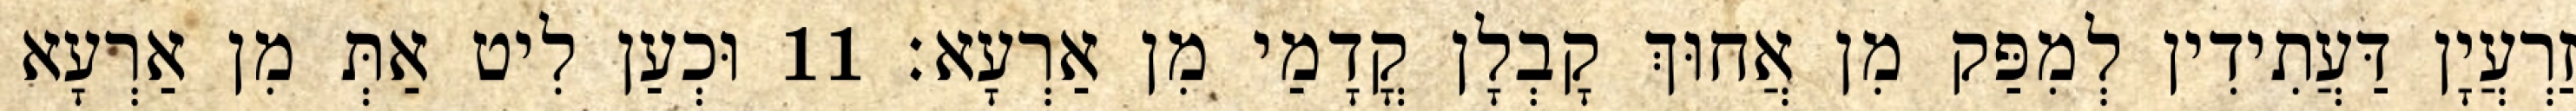
זַרְעֲיָן דַּעֲתִידִין לְמִפַּק מִן אֲחוּךְ קָבְלָן קֳדָמַי מִן אַרְעָא׃ 11 וּכְעַן לִיט אַתְּ מִן אַרְעָא